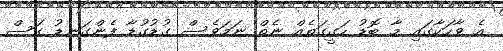
އެ ވާހަކާގައި މާ ބޮޑު ހަގީގަތެއް ނެތް ނަމަވެސް ގުޑުގުޑާ ފެންގަނޑު ގަސް